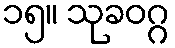
၁၅။ သုခဝဂ္ဂ